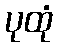
ပုထုံ